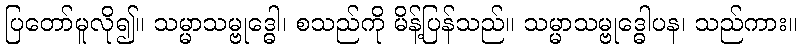
ပြတော်မူလို၍။ သမ္မာသမ္ဗုဒ္ဓေါ၊ စသည်ကို မိန့်ပြန်သည်။ သမ္မာသမ္ဗုဒ္ဓေါပန၊ သည်ကား။